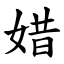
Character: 㛭